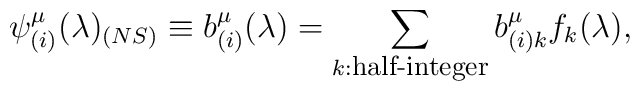
\psi^{\mu}_{(i)} (\lambda)_{(NS)} \equiv b^{\mu}_{(i)}(\lambda) = \sum_{k:\mbox{\footnotesize half-integer}} b^{\mu}_{(i) k} f_{k} (\lambda),